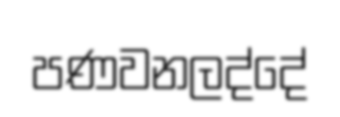
පණවනලද්දේ